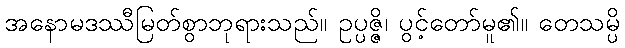
အနောမဒဿီမြတ်စွာဘုရားသည်။ ဥပ္ပဇ္ဇိ၊ ပွင့်တော်မူ၏။ တေသမ္ပိ